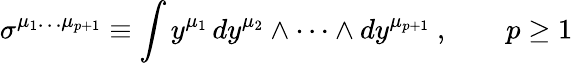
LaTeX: \sigma^{\mu_{1}\dots\mu_{p+1}}\equiv\int y^{\mu_{1}}\, dy^{\mu_{2}}\wedge\dots\wedge dy^{\mu_{p+1}}\ ,\qquad p\ge 1